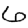
Digit: 6